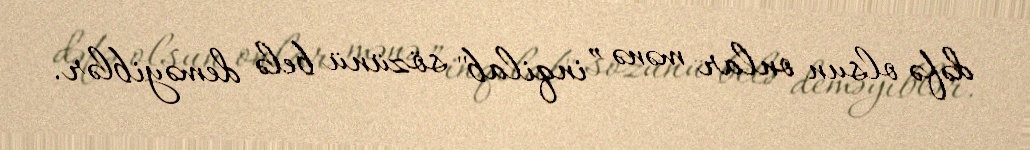
dəfə olsun onlar mənə ”inqilab" sözünü belə deməyiblər.